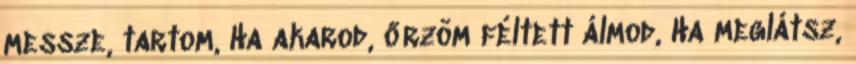
messze, tartom, Ha akarod, őrzöm féltett álmod, Ha meglátsz,